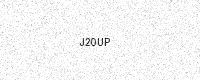
Text: J20UP